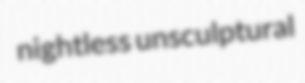
nightless unsculptural